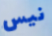
نيس